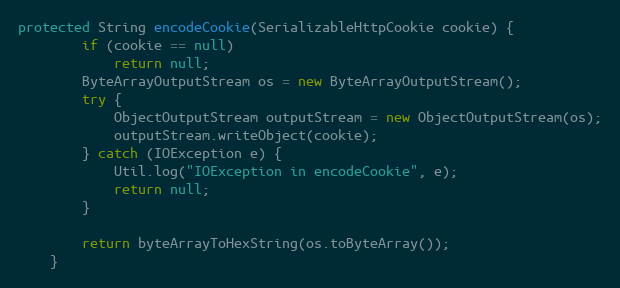
Language: Java
protected String encodeCookie(SerializableHttpCookie cookie) {
        if (cookie == null)
            return null;
        ByteArrayOutputStream os = new ByteArrayOutputStream();
        try {
            ObjectOutputStream outputStream = new ObjectOutputStream(os);
            outputStream.writeObject(cookie);
        } catch (IOException e) {
            Util.log("IOException in encodeCookie", e);
            return null;
        }

        return byteArrayToHexString(os.toByteArray());
    }